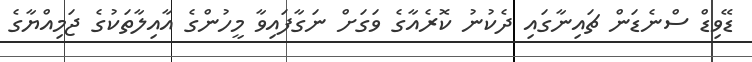
ޑޭވިޑް ސްނެޑަން ޗައިނާގައި ދެކުނު ކޮރެއާގެ ވަގަށް ނަގާފައިވާ މީހުންގެ އާއިލާތަކުގެ ޖަމިއްޔާގެ